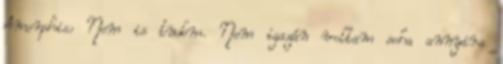
Amorphis: Nem is tudom. Nem igazán voltam soha annyira